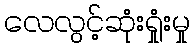
လေလွင့်ဆုံးရှုံးမှု